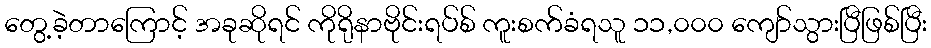
တွေ့ခဲ့တာကြောင့် အခုဆိုရင် ကိုရိုနာဗိုင်းရပ်စ် ကူးစက်ခံရသူ ၁၁,၀၀၀ ကျော်သွားပြီဖြစ်ပြီး